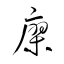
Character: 廖